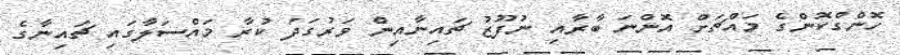
ހޮންގްކޮންގެ މައްޗަށް އޮންނަ ބާރާއި ނުފޫޒު ޗައިނާއިން ވަރުގަދަ ކުރާ މައްސަލާގައި ޗައިނާގެ